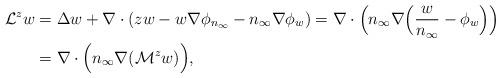
LaTeX: \begin{align*}\mathcal{L}^zw&=\Delta w +\nabla\cdot( z w - w\nabla\phi_{n_\infty}-n_\infty\nabla\phi_w)=\nabla\cdot\Big(n_\infty\nabla\Big(\frac{w}{n_\infty}-\phi_w\Big)\Big)\\&=\nabla\cdot\Big(n_\infty\nabla(\mathcal{M}^z w)\Big), \end{align*}